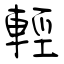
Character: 輕